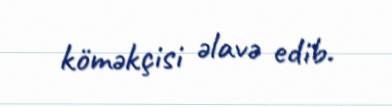
köməkçisi əlavə edib.